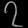
Digit: ၇